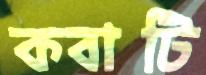
কবাটি